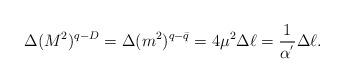
LaTeX: \begin{align*}\Delta (M^{2})^{q-D} = \Delta (m^{2})^{q-\bar{q}} = 4 \mu^{2} \Delta \ell = \frac{1}{\alpha^{'}} \Delta \ell .\end{align*}